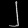
Digit: ၂